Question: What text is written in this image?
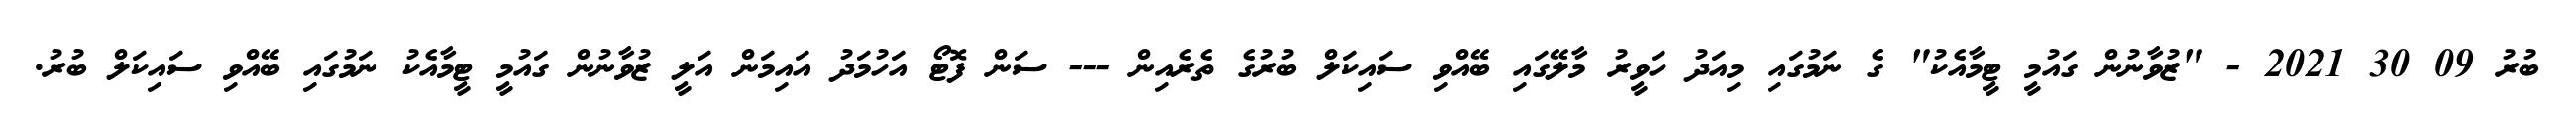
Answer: ބުރު 09 30 2021 - "ޒުވާނުން ގައުމީ ޓީމާއެކު" ގެ ނަމުގައި މިއަދު ހަވީރު މާލޭގައި ބޭއްވި ސައިކަލް ބުރުގެ ތެރެއިން --- ސަން ފޮޓޯ އަހުމަދު އައިމަން އަލީ ޒުވާނުން ގައުމީ ޓީމާއެކު ނަމުގައި ބޭއްވި ސައިކަލް ބުރު.